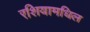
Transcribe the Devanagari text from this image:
रशियामधिल